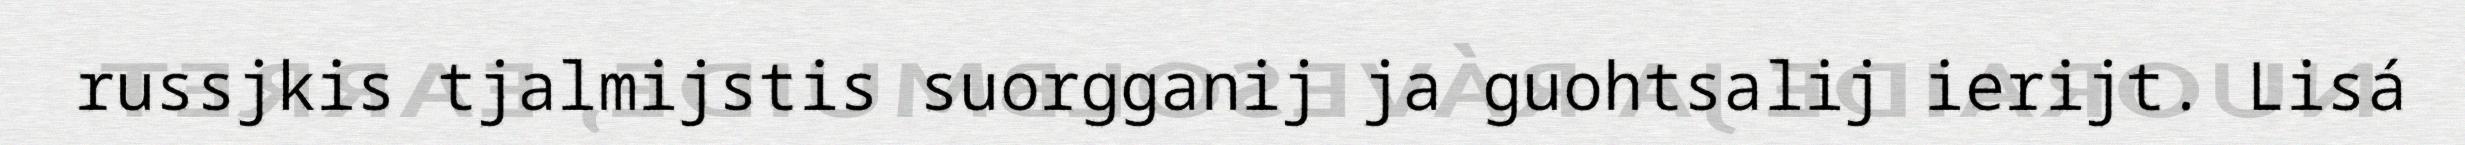
russjkis tjalmijstis suorgganij ja guohtsalij ierijt. Lisá